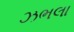
ઝભલા